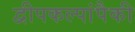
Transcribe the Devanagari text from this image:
द्वीपकल्पांपैकी